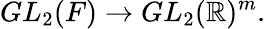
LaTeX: GL_{2}(F)\to GL_{2}(\mathbb{R})^{m}.